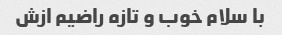
با سلام خوب و تازه راضیم ازش